Indian journal of veterinary science and animal husbandry - Volume 7,
Year: 1937
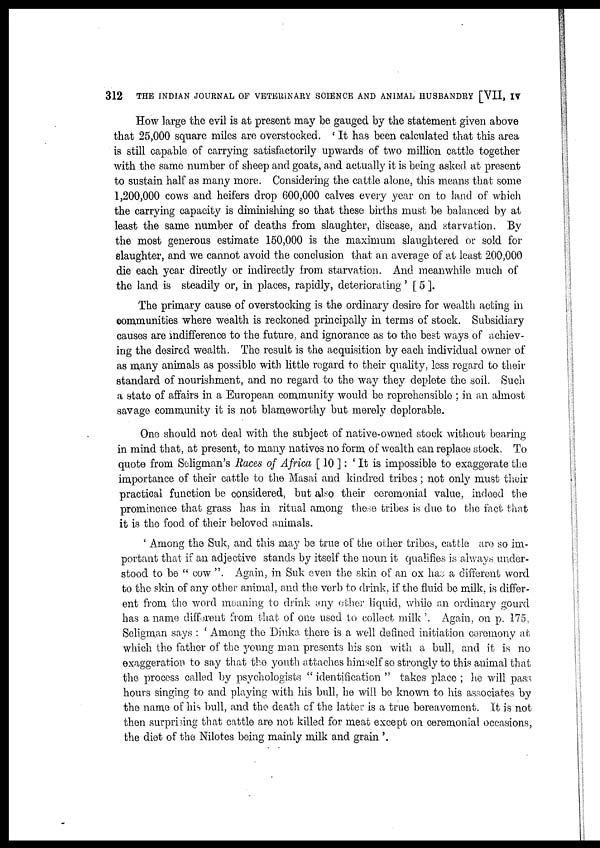
312
THE INDIAN JOURNAL OF VETERINARY SCIENCE AND ANIMAL HUSBANDRY [VII, IV
How large the evil is at present may be gauged by the statement given above
that 25,000 square miles are overstocked. ' It has been calculated that this area
is still capable of carrying satisfactorily upwards of two million cattle together
with the same number of sheep and goats, and actually it is being asked at present
to sustain half as many more. Considering the cattle alone, this means that some
1,200,000 cows and heifers drop 600,000 calves every year on to land of which
the carrying capacity is diminishing so that these births must be balanced by at
least the same number of deaths from slaughter, disease, and starvation. By
the most generous estimate 150,000 is the maximum slaughtered or sold for
slaughter, and we cannot avoid the conclusion that an average of at least 200,000
die each year directly or indirectly from starvation. And meanwhile much of
the land is steadily or, in places, rapidly, deteriorating ' [ 5 ].
The primary cause of overstocking is the ordinary desire for wealth acting in
communities where wealth is reckoned principally in terms of stock. Subsidiary
causes are indifference to the future, and ignorance as to the best ways of achiev-
ing the desired wealth. The result is the acquisition by each individual owner of
as many animals as possible with little regard to their quality, less regard to their
standard of nourishment, and no regard to the way they deplete the soil. Such
a state of affairs in a European community would be reprehensible ; in an almost
savage community it is not blameworthy but merely deplorable.
One should not deal with the subject of native-owned stock without bearing
in mind that, at present, to many natives no form of wealth can replace stock. To
quote from Seligman's Races of Africa [ 10 ] : ' It is impossible to exaggerate the
importance of their cattle to the Masai and kindred tribes; not only must their
practical function be considered, but also their ceremonial value, indeed the
prominence that grass has in ritual among these tribes is due to the fact that
it is the food of their beloved animals.
' Among the Suk, and this may be true of the other tribes, cattle are so im-
portant that if an adjective stands by itself the noun it qualifies is always under-
stood to be " cow ". Again, in Suk even the skin of an ox has a different word
to the skin of any other animal, and the verb to drink, if the fluid be milk, is differ-
ent from the word meaning to drink any other liquid, while an ordinary gourd
has a name different from that of one used to collect milk '. Again, on p. 175,
Seligman says : ' Among the Dinka there is a well defined initiation ceremony at
which the father of the young man presents his son with a bull, and it is no
exaggeration to say that the youth attaches himself so strongly to this animal that
the process called by psychologists " identification " takes place ; he will pass
hours singing to and playing with his bull, he will be known to his associates by
the name of his bull, and the death of the latter is a true bereavement. It is not
then surprising that cattle are not killed for meat except on ceremonial occasions,
the diet of the Nilotes being mainly milk and grain '.